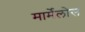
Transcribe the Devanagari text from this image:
मार्मेलोस